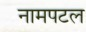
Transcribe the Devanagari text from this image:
नामपटल